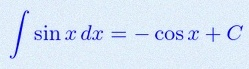
\int \sin x\,dx=-\cos x+C